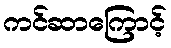
ကင်ဆာကြောင့်